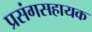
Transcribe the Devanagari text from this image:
प्रसंगसहायक